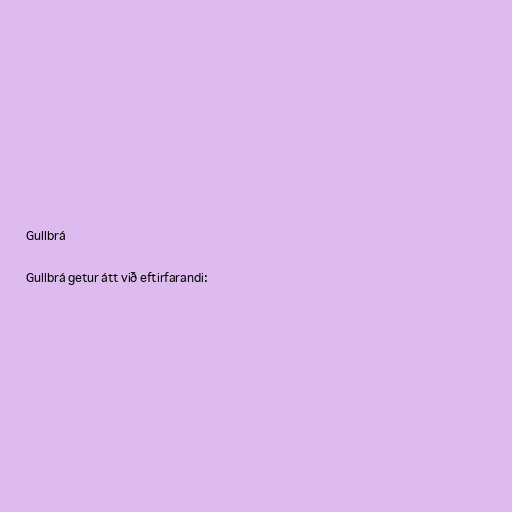
Gullbrá

Gullbrá getur átt við eftirfarandi: